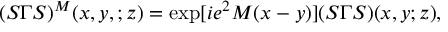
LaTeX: ( S \Gamma S ) ^ { M } ( x , y , ; z ) = \exp [ i e ^ { 2 } M ( x - y ) ] ( S \Gamma S ) ( x , y ; z ) ,